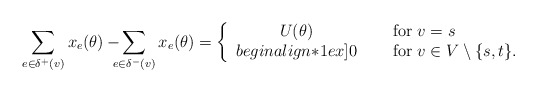
\begin{align*}\sum_{e \in \delta^+(v)} x_e (\theta) -\!\!\!\!\sum_{e \in \delta^-(v)} x_e (\theta) =\left\{\begin{array}{cl}U(\theta)&\quad\mbox{ for $v=s$}\\begin{align*}1ex]0&\quad\mbox{ for $v \in V \setminus \{ s,t \}$.}\end{array}\right.\end{align*}